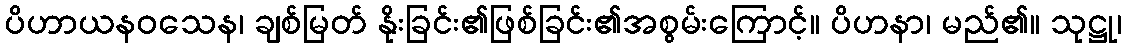
ပိဟာယနဝသေန၊ ချစ်မြတ် နိုးခြင်း၏ဖြစ်ခြင်း၏အစွမ်းကြောင့်။ ပိဟနာ၊ မည်၏။ သုဋ္ဌု၊